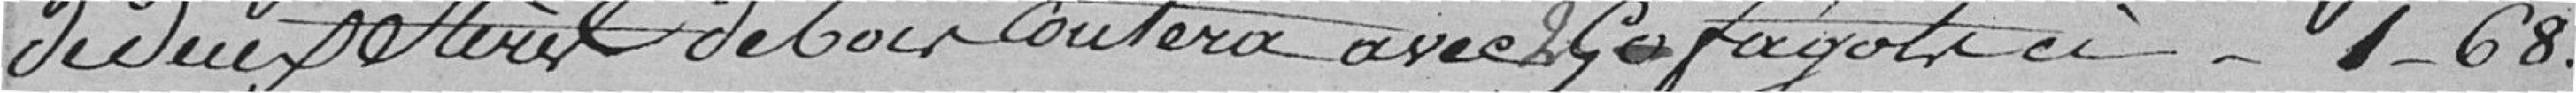
de deux stères de bois coutera avec 2 fagots à 1,68